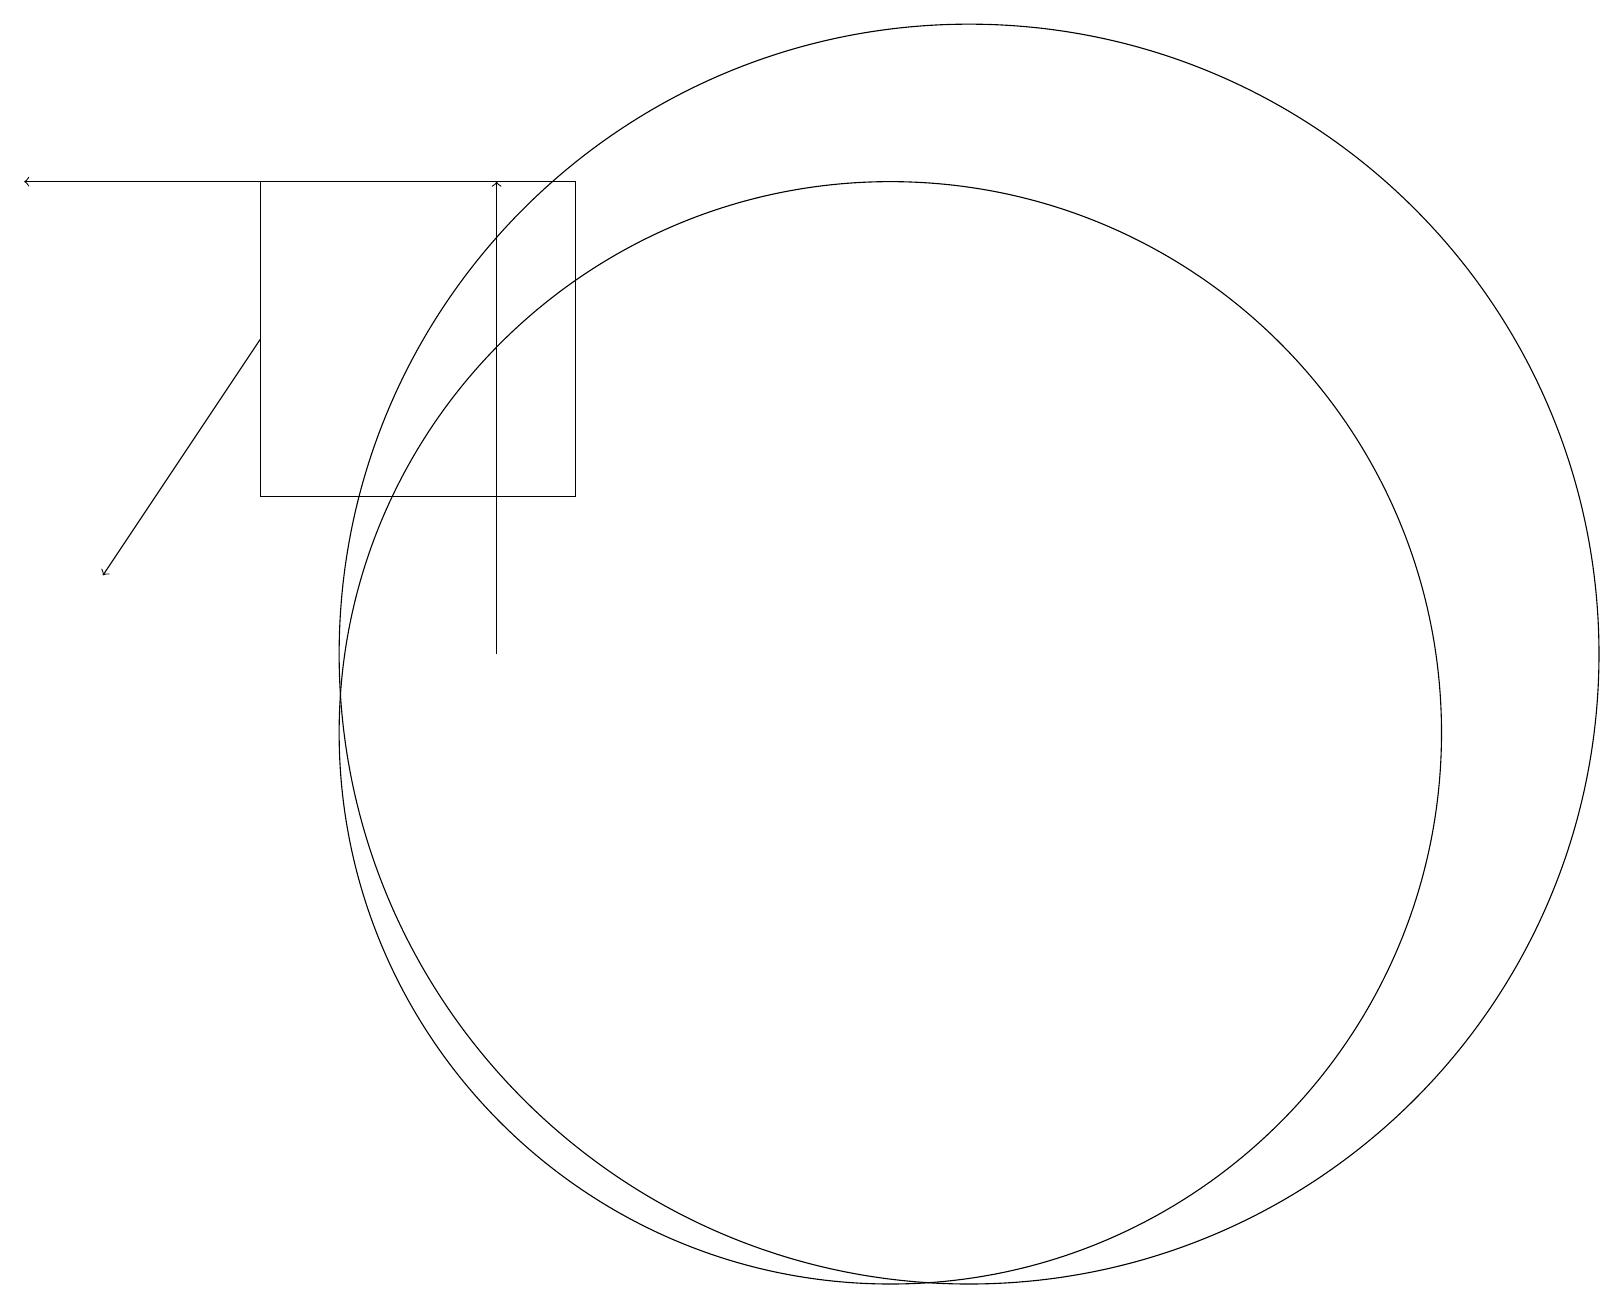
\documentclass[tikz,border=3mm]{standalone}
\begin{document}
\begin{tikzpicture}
\draw[->] (6,11) -- (6,17);
\draw[->] (5,17) -- (0,17);
\draw (11,10) circle (7);
\draw (3,17) rectangle (7,13);
\draw (12,11) circle (8);
\draw[->] (3,15) -- (1,12);
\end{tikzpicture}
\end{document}